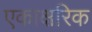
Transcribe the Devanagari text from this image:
एकाक्षरिक